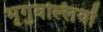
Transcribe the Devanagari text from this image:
भृगुवल्लियों